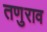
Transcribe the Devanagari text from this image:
तणुराव